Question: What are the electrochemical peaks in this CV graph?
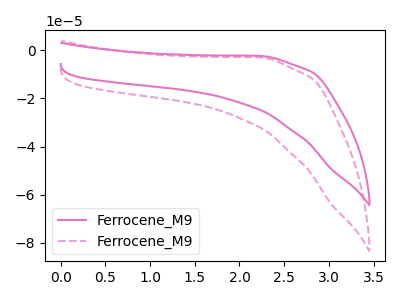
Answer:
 <answer>The pink curve "Ferrocene_M91" has no peaks. The pink dashed curve "Ferrocene_M92" has no peaks.</answer>
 <eval></eval>